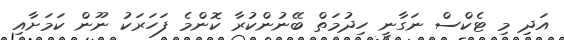
އަދި މި ޓެކްސް ނަގާނީ ހިދުމަތް ބޭނުންކުރާ ކޮންމެ ފަހަރަކު ނޫން ކަމަށާއި